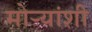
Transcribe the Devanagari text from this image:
मोर्‍यांशी